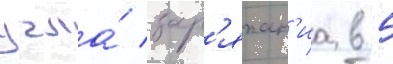
угла́ зар'яжан'иа в 5